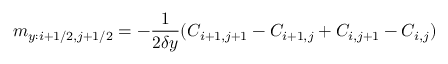
m _ { y : i + 1 / 2 , j + 1 / 2 } = - \frac { 1 } { 2 \delta y } ( C _ { i + 1 , j + 1 } - C _ { i + 1 , j } + C _ { i , j + 1 } - C _ { i , j } )